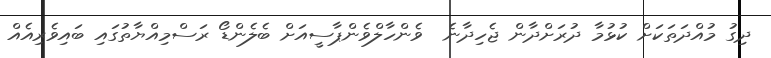
ދިގު މުއްދަތަކަށް ކުޅުމާ ދުރަށްދާން ޖެހިދާނެ  ވެންހާލްވެންޕާސީއަށް ބެލެންޑޯ ރަސްމިއްޔާތުގައި ބައިވެރިއެއް